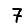
Digit: 7